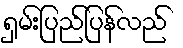
ရှမ်းပြည်ပြန်လည်